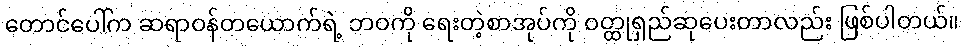
တောင်ပေါ်က ဆရာဝန်တယောက်ရဲ့ ဘဝကို ရေးတဲ့စာအုပ်ကို ဝတ္ထုရှည်ဆုပေးတာလည်း ဖြစ်ပါတယ်။